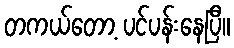
တကယ်တော့ ပင်ပန်းနေပြီ။